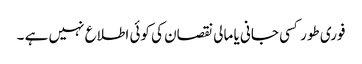
فوری طور کسی جانی یا مالی نقصان کی کوئی اطلاع نہیں ہے ۔